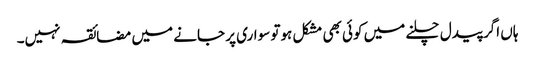
ہاں اگر پیدل چلنے میں کوئی بھی مشکل ہوتو سواری پر جانے میں مضائقہ نہیں۔